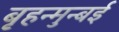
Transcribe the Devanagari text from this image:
बृहन्मुन्बई